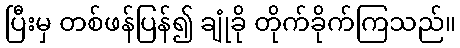
ပြီးမှ တစ်ဖန်ပြန်၍ ချုံခို တိုက်ခိုက်ကြသည်။